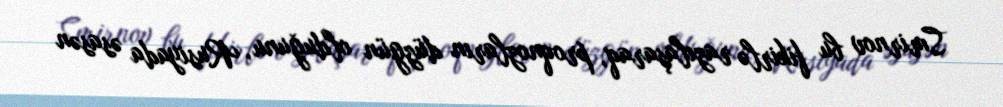
Smirnov bu fikirlə razılaşaraq, proqnozların düzgün olduğunu, Rusiyada əsasən